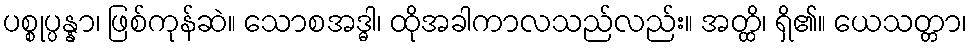
ပစ္စုပ္ပန္နာ၊ ဖြစ်ကုန်ဆဲ။ သောစအဒ္ဓါ၊ ထိုအခါကာလသည်လည်း။ အတ္ထိ၊ ရှိ၏။ ယေသတ္တာ၊